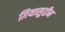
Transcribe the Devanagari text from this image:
ग़ियासुद्दीन